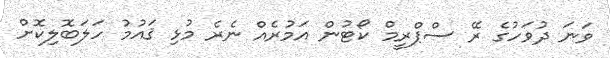
ވަނަ ދުވަހުގެ ރޭ ސްޕްރީމް ކޯޓުން އަމުރެއް ނެރެ މުޅި ޤައުމު ހަލަބޮލިކޮށް